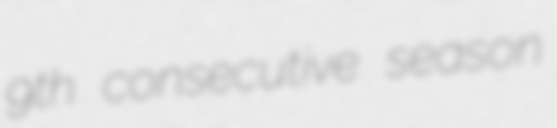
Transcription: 9th consecutive season